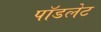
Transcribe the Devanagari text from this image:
पॉडलेट